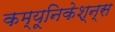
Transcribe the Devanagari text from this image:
कम्यूनिकेश्न्स